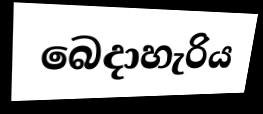
බෙදාහැරිය